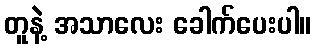
တူနဲ့ အသာလေး ခေါက်ပေးပါ။